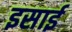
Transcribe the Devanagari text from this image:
इसार्इ